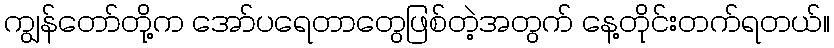
ကျွန်တော်တို့က အော်ပရေတာတွေဖြစ်တဲ့အတွက် နေ့တိုင်းတက်ရတယ်။